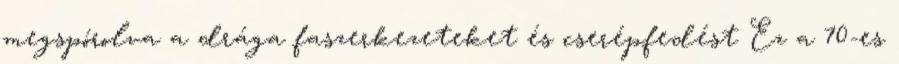
megspórolva a drága faszerkezeteket és cserépfedést Ez a 70-es